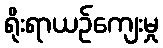
ရိုးရာယဉ်ကျေးမှု